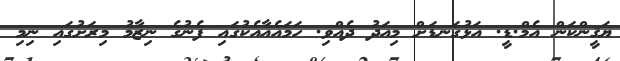
ޔަޤީންކަން އެމް.ޑީ. އަޅުގަނޑަށް މިއަދު ދެއްވި. ހަމައެއާއެކުގައި ފެނުގެ ނިޒާމު މިރަށުގައި ނިމި